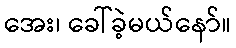
အေး၊ ခေါ်ခဲ့မယ်နော်။